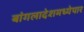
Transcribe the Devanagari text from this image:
बांगलादेशमध्येपार